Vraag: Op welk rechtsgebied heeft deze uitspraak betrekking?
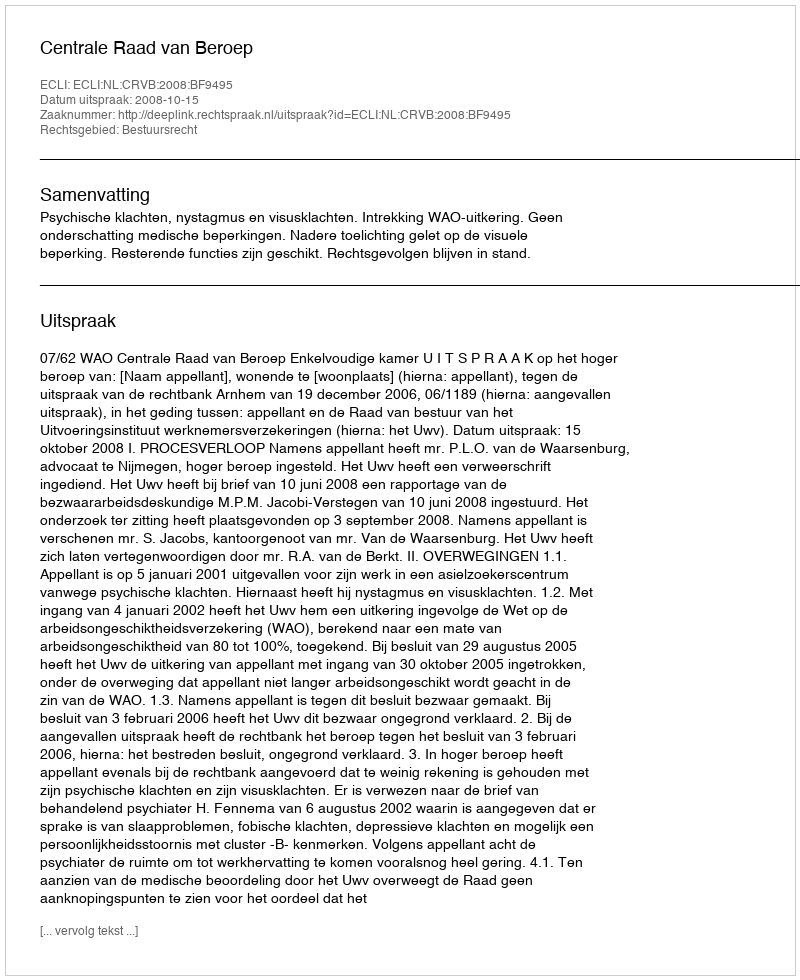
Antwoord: Bestuursrecht